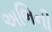
અભિની